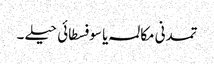
تمدنی مکالمہ یا سوفسطائی حیلے ۔